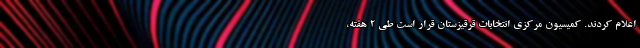
اعلام کردند. کمیسیون مرکزی انتخابات قرقیزستان قرار است طی ۲ هفته،